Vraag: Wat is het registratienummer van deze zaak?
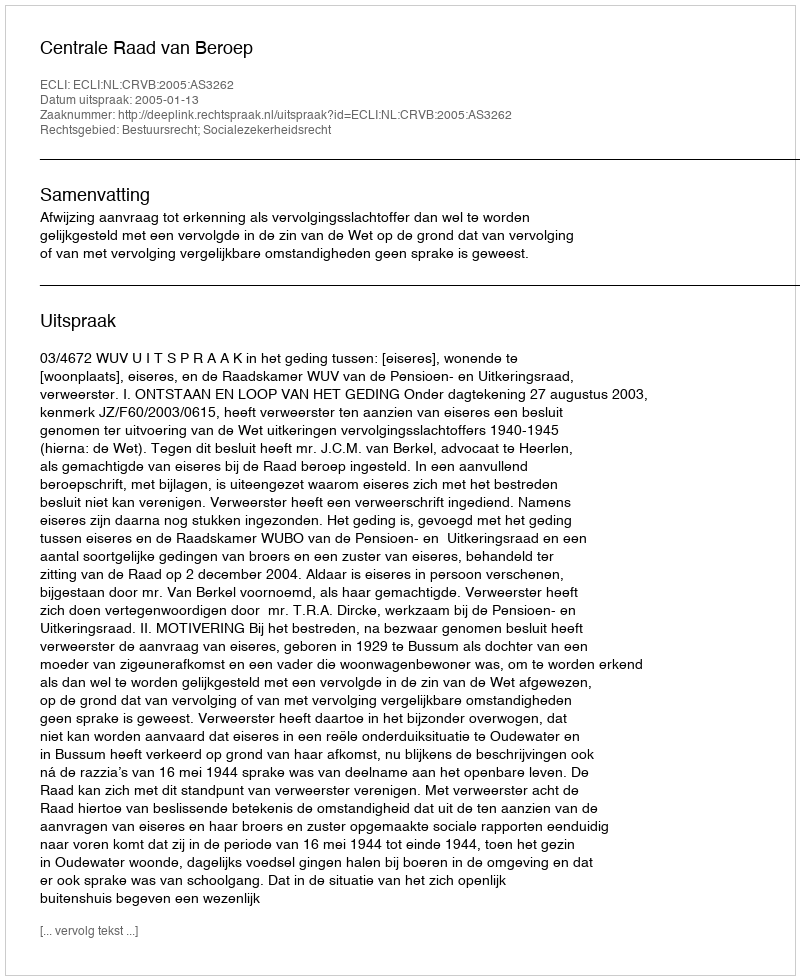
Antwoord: http://deeplink.rechtspraak.nl/uitspraak?id=ECLI:NL:CRVB:2005:AS3262